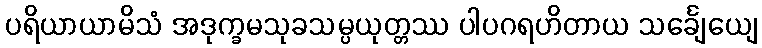
ပရိယာယာမိသံ အဒုက္ခမသုခသမ္ပယုတ္တဿ ပါပဂရဟိတာယ သင်္ချေယျေ